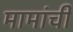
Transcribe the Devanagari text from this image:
मामांची